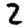
Digit: 2